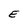
Character: E